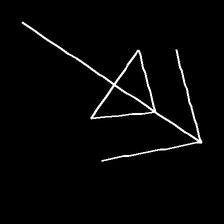
Glyph: pull